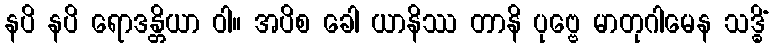
နပိ နပိ ရောဒန္တိယာ ဝါ။ အပိစ ခေါ ယာနိဿ တာနိ ပုဗ္ဗေ မာတုဂါမေန သဒ္ဓိံ